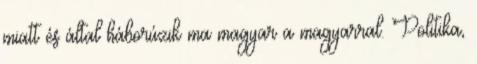
miatt és által háborúzik ma magyar a magyarral. Politika,